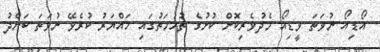
އޯޑިއޯ ނުވަތަ ވީޑިއޯ މެދުވެރިކޮށް ކުށުގެ ތުހުމަތުގައި ހައްޔަރު ކުރެވޭ ނުވަތަ ބަންދު